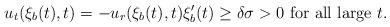
LaTeX: \begin{align*}u_t(\xi_b(t),t)= -u_r(\xi_b(t),t)\xi_b'(t)\geq \delta\sigma>0 \mbox{ for all large } t.\end{align*}